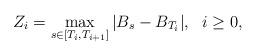
LaTeX: \begin{align*}Z_i=\max_{s\in [T_i,T_{i+1}]}|B_s-B_{T_i}|,~~i\ge 0, \end{align*}